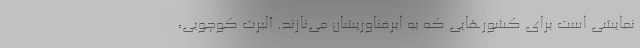
نمایشی است برای کشورهایی که به ابرفناوریشان می‌نازند. آلبرت کوچویی،